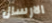
الارسال